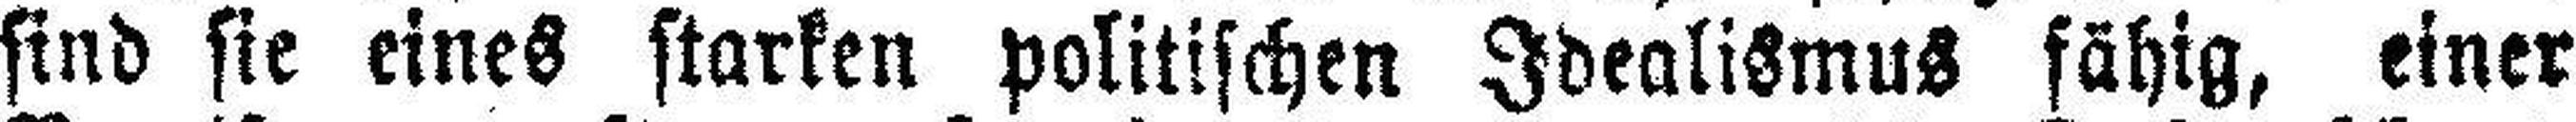
sind sie eines starken politischen Idealismus fähig, einer